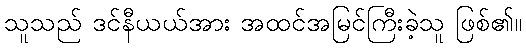
သူသည် ဒင်နီယယ်အား အထင်အမြင်ကြီးခဲ့သူ ဖြစ်၏။